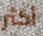
أكثر